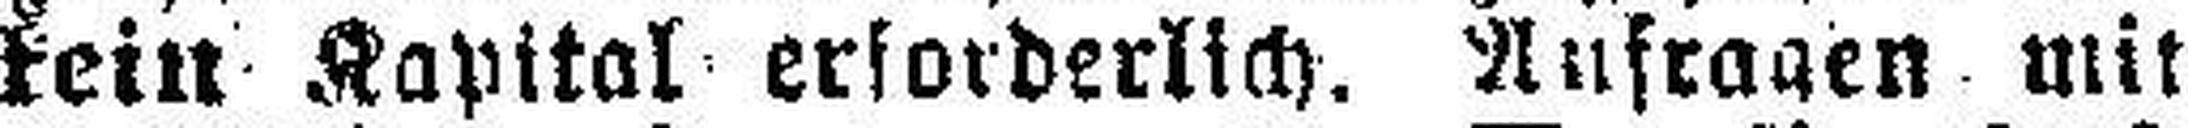
kein Kapital erforderlich. Aufragen mit